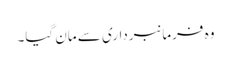
وہ فرمانبرداری سے مان گیا۔